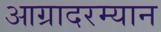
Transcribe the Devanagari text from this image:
आग्रादरम्यान